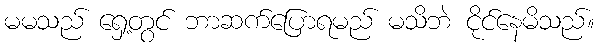
မမသည် ရှေ့တွင် ဘာဆက်ပြောရမည် မသိဘဲ ငိုင်နေမိသည်။